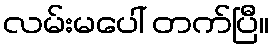
လမ်းမပေါ် တက်ပြီ။